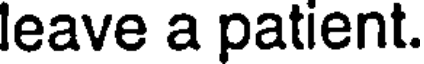
leave a patient.